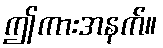
ဤကားအနက်။